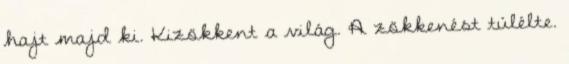
hajt majd ki. Kizökkent a világ. A zökkenést túlélte.